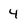
Character: 4